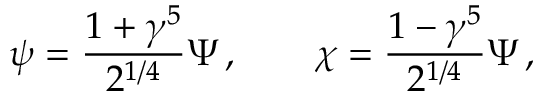
\psi = \frac { 1 + \gamma ^ { 5 } } { 2 ^ { 1 / 4 } } \Psi \, , \qquad \chi = \frac { 1 - \gamma ^ { 5 } } { 2 ^ { 1 / 4 } } \Psi \, ,